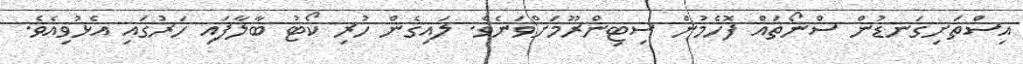
އިސްތަށިގަނޑުން ސްނޯތައް ފޮހެމުން ސިޓިންރޫމަށްވަނެވެ. ލައިގެން ހުރި ކޯޓު ބާލާފައި ހަރުގައި އެޅުވިއެވެ.